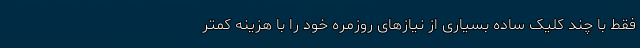
فقط با چند کلیک ساده بسیاری از نیازهای روزمره خود را با هزینه کمتر